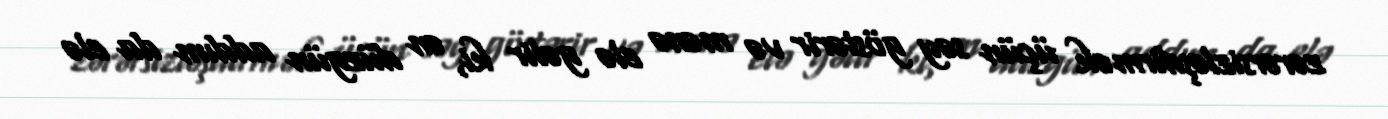
zərərsizləşdirmək üçün səy göstərir və mənə elə gəlir ki, ən düzgün addım da elə